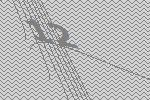
12